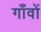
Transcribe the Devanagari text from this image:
गॉंवों